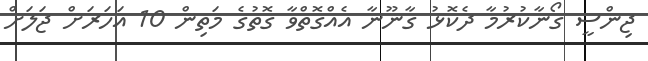
ޖިންސީ ގޯނާކުރުމާ ދެކޮޅު ގާނޫނާ އެއްގޮތްވާ ގޮތުގެ މަތިން 10 އަހަރަށް ޖަލަށް